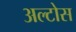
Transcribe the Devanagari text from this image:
अल्टोस